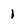
Character: l